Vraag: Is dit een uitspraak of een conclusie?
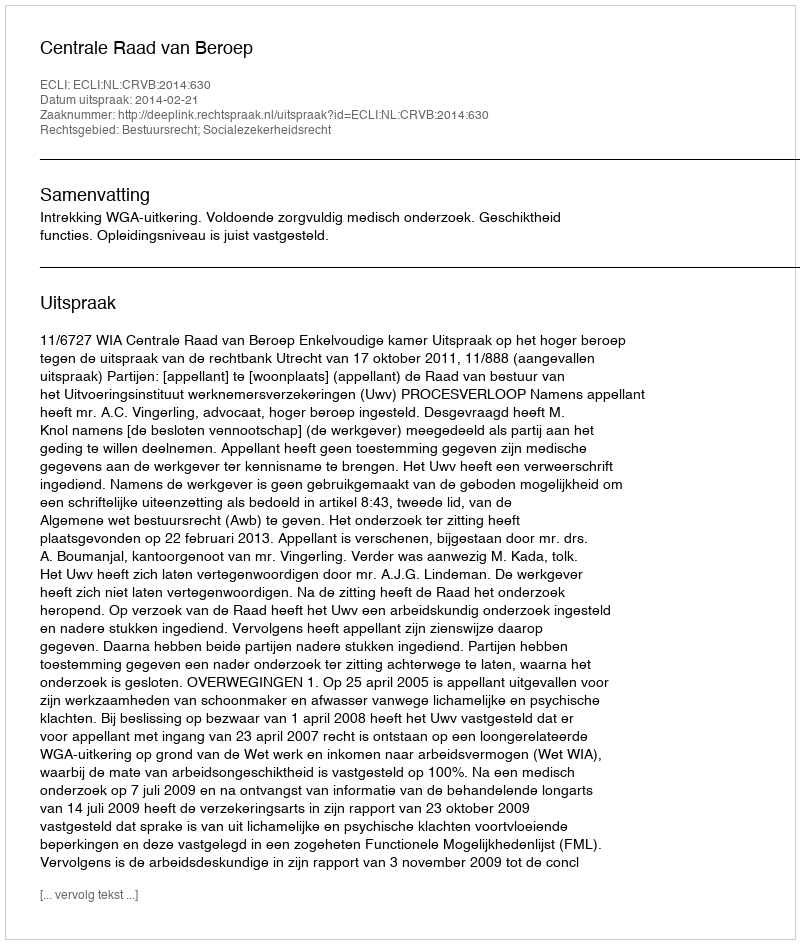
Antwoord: Uitspraak